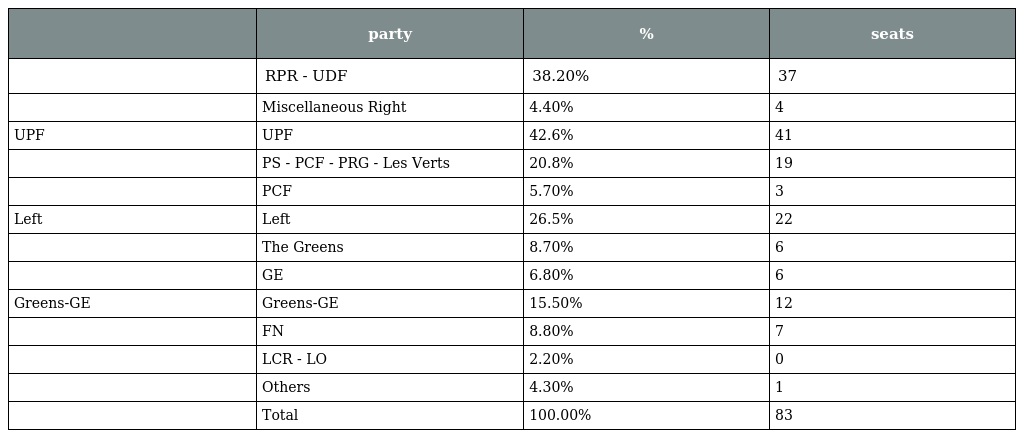
|  | party | % | seats |
 | --- | --- | --- | --- |
 |  | RPR - UDF | 38.20% | 37 |
 |  | Miscellaneous Right | 4.40% | 4 |
 | UPF | UPF | 42.6% | 41 |
 |  | PS - PCF - PRG - Les Verts | 20.8% | 19 |
 |  | PCF | 5.70% | 3 |
 | Left | Left | 26.5% | 22 |
 |  | The Greens | 8.70% | 6 |
 |  | GE | 6.80% | 6 |
 | Greens-GE | Greens-GE | 15.50% | 12 |
 |  | FN | 8.80% | 7 |
 |  | LCR - LO | 2.20% | 0 |
 |  | Others | 4.30% | 1 |
 |  | Total | 100.00% | 83 |